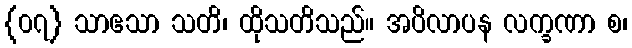
{၀၇} သာဧသာ သတိ၊ ထိုသတိသည်။ အပိလာပန လက္ခဏာ စ၊